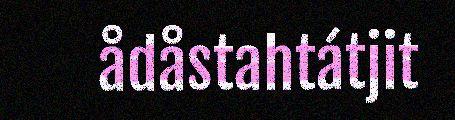
ådåstahtátjit